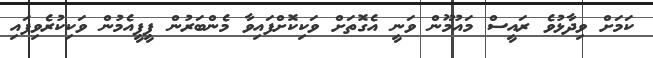
ކަމަށް ވިދާޅުވެ ރައީސް މައުމޫން ވަނީ އެގޮތަށް ވަކިކޮށްފައިވާ މެންބަރުން ޕީޕީއެމުން ވަކިކުރެވިފައި